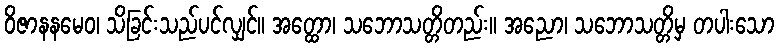
ဝိဇာနနမေဝ၊ သိခြင်းသည်ပင်လျှင်။ အတ္ထော၊ သဘောသတ္တိတည်း။ အညော၊ သဘောသတ္တိမှ တပါးသော